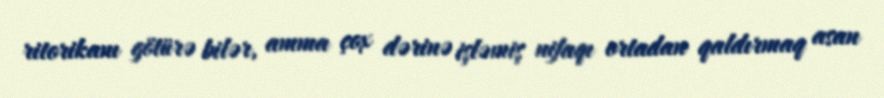
ritorikanı götürə bilər, amma çox dərinə işləmiş nifaqı ortadan qaldırmaq asan